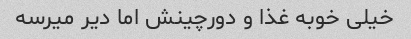
خیلی خوبه غذا و دورچینش اما دیر میرسه